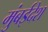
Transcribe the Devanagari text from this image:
मुंबईदेश